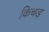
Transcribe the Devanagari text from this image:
किचड़